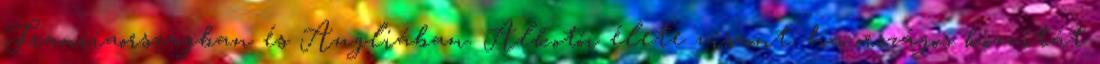
Franciaországban és Angliában. Alkotói élete viszont, ha országos közvitát